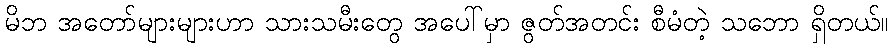
မိဘ အတော်များများဟာ သားသမီးတွေ အပေါ်မှာ ဇွတ်အတင်း စီမံတဲ့ သဘော ရှိတယ်။